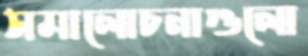
সমালোচনাগুলো